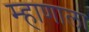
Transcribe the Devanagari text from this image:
म्हाणाला